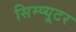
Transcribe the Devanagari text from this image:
सिम्प्यूटर